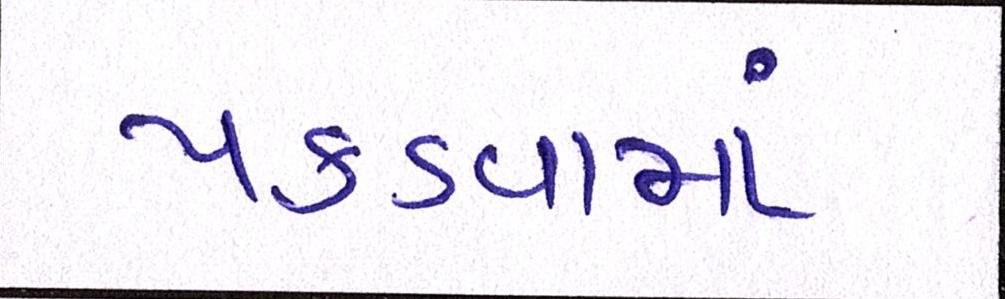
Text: પકડવામાં